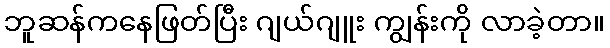
ဘူဆန်ကနေဖြတ်ပြီး ဂျယ်ဂျူး ကျွန်းကို လာခဲ့တာ။